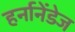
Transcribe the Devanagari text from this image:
हर्नानेंडेज